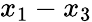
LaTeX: x_{1}-x_{3}